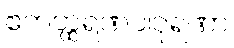
ဧကတ္ထရဏပါဝုရဏာ